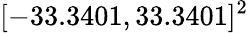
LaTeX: [-33.3401,33.3401]^{2}